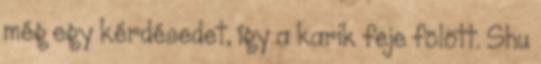
még egy kérdésedet, így a karik feje fölött. Shu